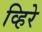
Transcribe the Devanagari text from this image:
व्हिरे